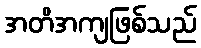
အတိအကျဖြစ်သည်